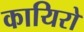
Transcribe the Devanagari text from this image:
कायिरो